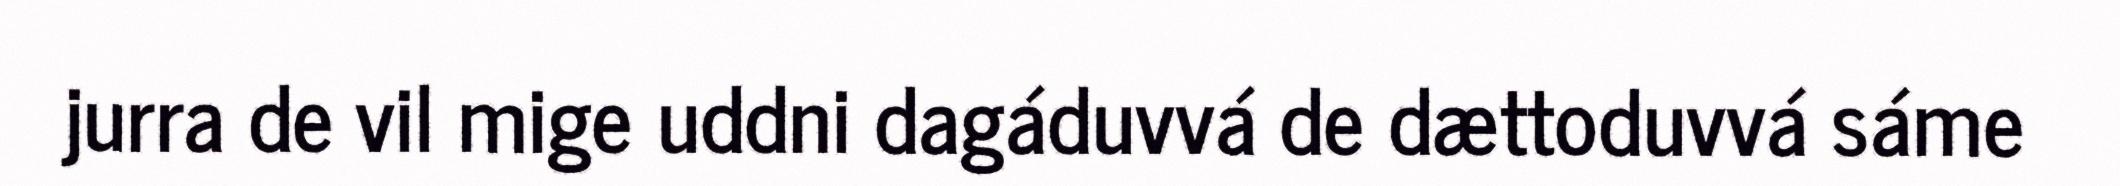
jurra de vil mige uddni dagáduvvá de dættoduvvá sáme